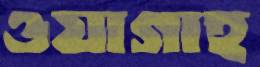
ওয়াগাহ